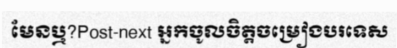
មែនឬ?Post-next អ្នកចូលចិត្តចម្រៀងបរទេស